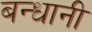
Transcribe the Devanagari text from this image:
बन्धानी